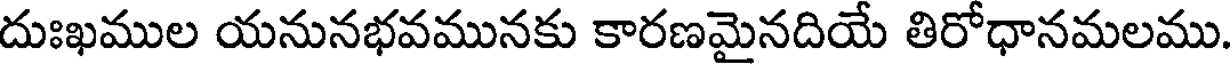
దుఃఖముల యనునభవమునకు కారణమైనదియే తిరోధానమలము